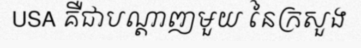
USA គឺជាបណ្តាញមួយ នៃក្រសួង